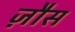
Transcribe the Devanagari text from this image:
ज़ौस